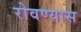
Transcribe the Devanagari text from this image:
रोवण्यास